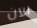
الآن